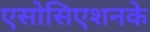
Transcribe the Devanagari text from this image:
एसोसिएशनके